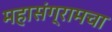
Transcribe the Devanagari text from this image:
महासंग्रामचा